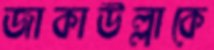
জাকাউল্লাকে